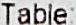
TABLE: